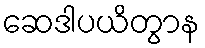
ဆေဒါပယိတွာန